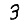
Digit: 3